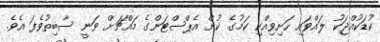
ކުޑަކުއްޖަކު ލައްވައި ހަށިވިއްކި ކަމުގެ ކުށް އެޕްސްޓަންގެ މައްޗަށް ވަނީ ސާބިތުވެފަ އެވެ.